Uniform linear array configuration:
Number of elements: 32
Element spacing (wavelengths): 0.5
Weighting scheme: hann
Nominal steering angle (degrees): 15
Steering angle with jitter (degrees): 13.256
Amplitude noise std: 0.05
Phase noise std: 0.05

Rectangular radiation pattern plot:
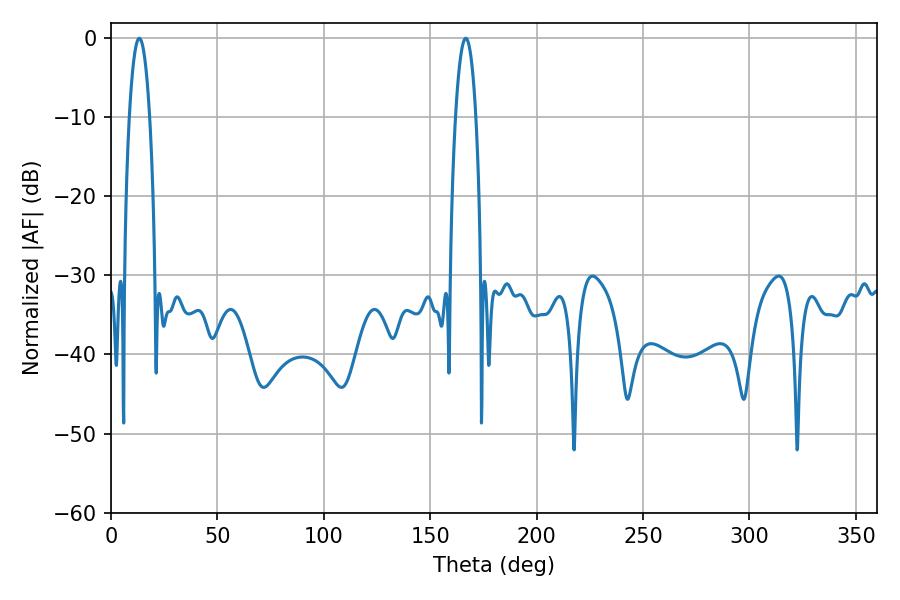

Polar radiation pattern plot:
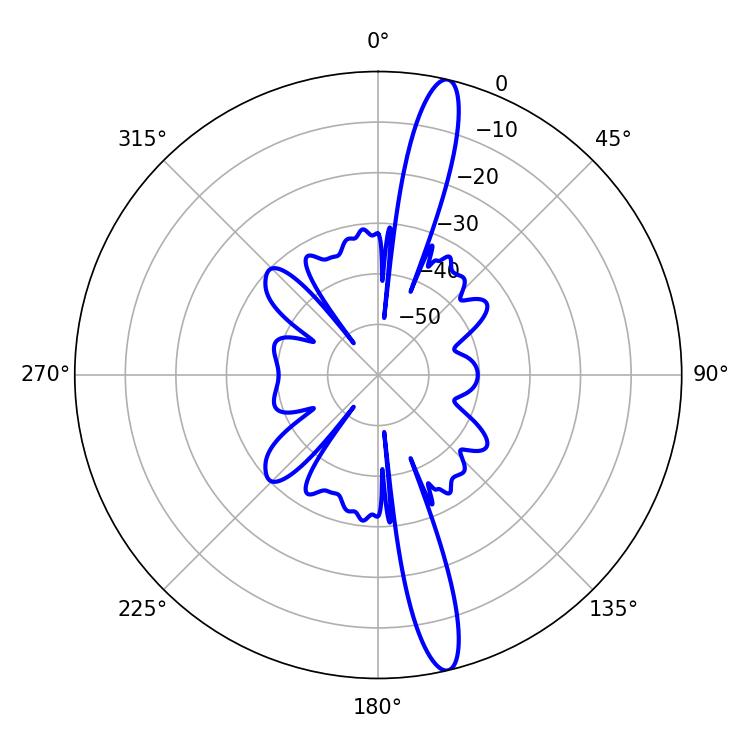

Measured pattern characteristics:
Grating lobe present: FALSE
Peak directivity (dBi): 16.405
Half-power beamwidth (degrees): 5.4
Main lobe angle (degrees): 13.32